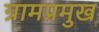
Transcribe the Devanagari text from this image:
ग्रामप्रमुख